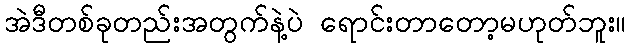
အဲဒီတစ်ခုတည်းအတွက်နဲ့ပဲ ရောင်းတာတော့မဟုတ်ဘူး။